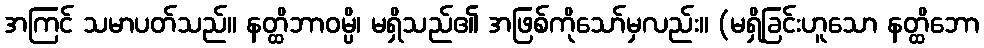
အကြင် သမာပတ်သည်။ နတ္ထိဘာဝမ္ပိ၊ မရှိသည်၏ အဖြစ်ကိုသော်မှလည်း။ (မရှိခြင်းဟူသော နတ္ထိဘော